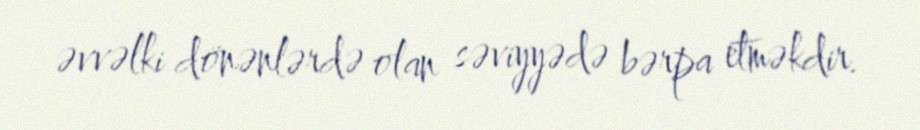
əvvəlki dönənlərdə olan səviyyədə bərpa etməkdir.